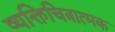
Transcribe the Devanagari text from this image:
व्यक्तिचित्रात्मक